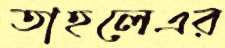
তাহলেএর